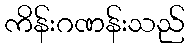
ကိန်းဂဏန်းသည်